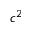
c ^ { 2 }